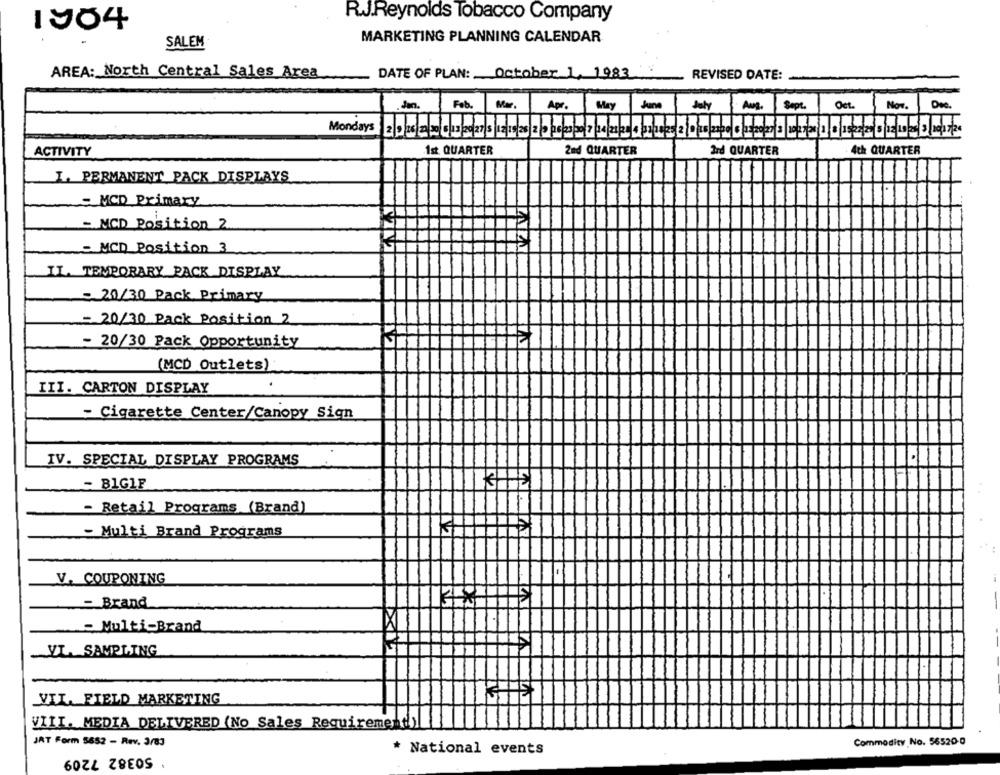
R.JJ.Reynolds Tobacco Company
1904
MARKETING PLANNING CALENDAR
SALEM
AREA: North Central Sales Area
DATE OF PLAN: October 1, 1983
REVISED DATE:
.Jan.
Feb
Mar.
Apr.
May
June
July
Aug.
Sept
Oct.
Now.
Mondays 2 9 26 20 013 20 27 5|1215 28|2|2 016 23 2017 04 2128 1 221825 2 0 16232016/2020 5/10/27/08|1|8|18 27/20 5/221
ACTIVITY
1st QUARTER
2nd QUARTER
3rd QUARTER
4th QUARTER
I. PERMANENT PACK DISPLAYS
- MCD Primary
- MCD Position 2
-MCD Position 3
IL. TEMPORARY PACK DISPLAY
- 20/30 Pack Primary
= 20/30 Pack Position 2
- 20/30 Pack Opportunity
(MCD Outlets)
III. CARTON DISPLAY
- Cigarette Center/Canopy Sign
IV. SPECIAL DISPLAY PROGRAMS
- BIGIF
- Retail Programs (Brand)
- Multi Brand Programs
V. COUPONING
- Brand
Multi-Brand
.VI. SAMPLING
VIL. FIELD MARKETING
VIII. MEDIA DELIVERED (No Sales Requirement)
JAT Form 5652 - Rev. 3/83
Commodity No. 56520-0
50382 7209
* National events